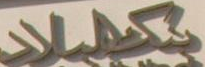
بکلبلاد